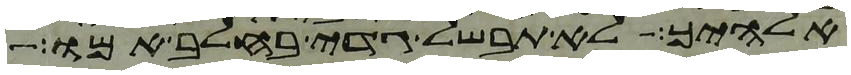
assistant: אלהיך לא תבשל גדי בחלב אמו